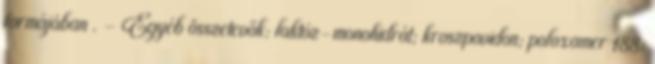
formájában . - Egyéb összetevők: laktóz-monohidrát; kroszpovidon; poloxamer 188;